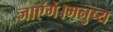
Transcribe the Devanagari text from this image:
जाएंगे।मनुष्य